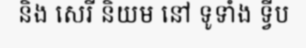
និង សេរី និយម នៅ ទូទាំង ទ្វីប